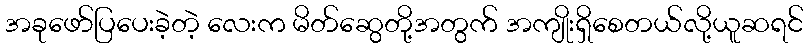
အခုဖော်ပြပေးခဲ့တဲ့ လေးက မိတ်ဆွေတို့အတွက် အကျိုးရှိစေတယ်လို့ယူဆရင်